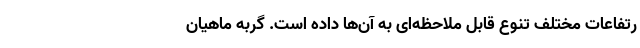
رتفاعات مختلف تنوع قابل ملاحظه‌ای به آن‌ها داده‌ است. گربه‌ ماهیان